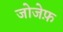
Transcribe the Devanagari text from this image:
जोजेफ़